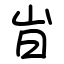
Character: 㞱